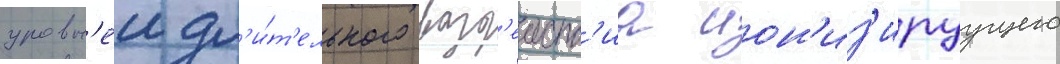
уровн'еи дл'и́т'ельного возд'еиств'иа ион'из'ируущего